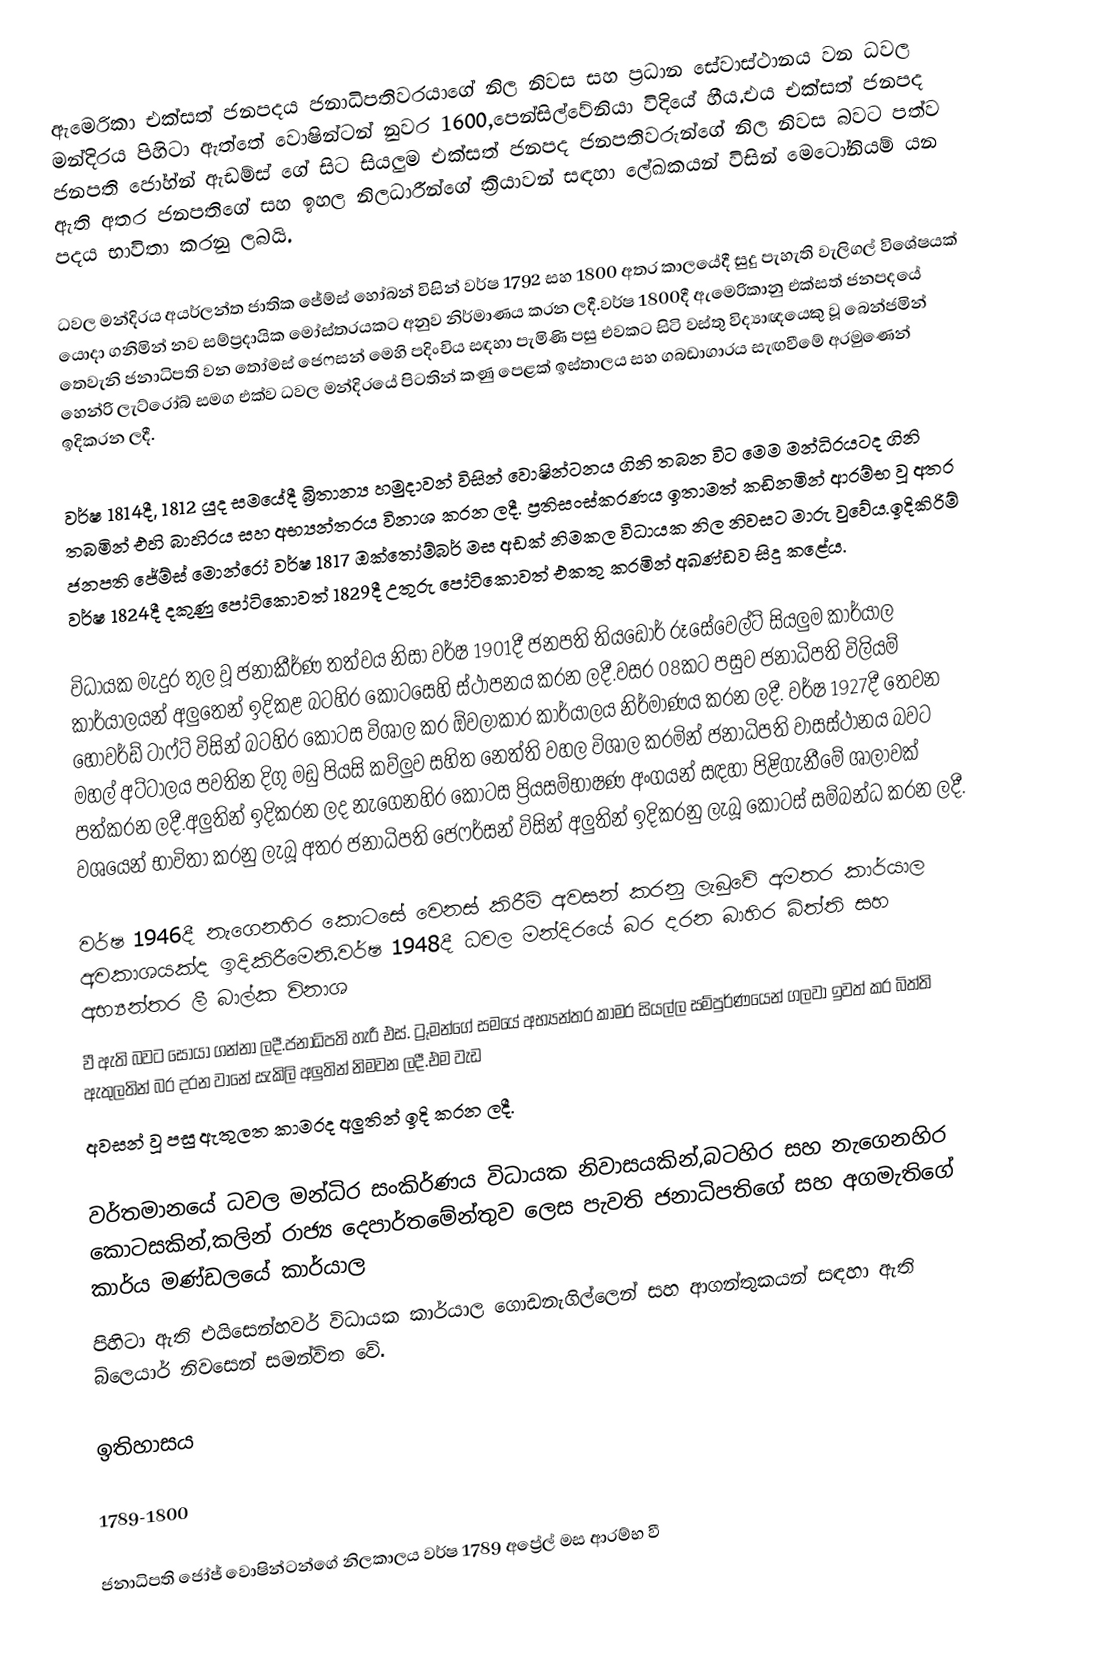
ඇමෙරිකා එක්සත් ජනපදය ජනාධිපතිවරයාගේ නිල නිවස සහ ප්‍රධාන සේවාස්ථානය වන ධවල මන්දිරය පිහිටා ඇත්තේ වොෂින්ටන් නුවර 1600,පෙන්සිල්වේනියා විදියේ හීය.එය එක්සත් ජනපද ජනපති ජෝහ්න් ඇඩම්ස් ගේ සිට සියලුම එක්සත් ජනපද ජනපතිවරුන්ගේ නිල නිවස බවට පත්ව ඇති අතර ජනපතිගේ සහ ඉහල නිලධාරීන්ගේ ක්‍රියාවන් සඳහා ලේඛකයන් විසින් මෙටෝනියම් යන පදය භාවිතා කරනු ලබයි.

ධවල මන්දිරය අයර්ලන්ත ජාතික ජේම්ස් හෝබන් විසින් වර්ෂ 1792 සහ 1800 අතර කාලයේදී සුදු පැහැති වැලිගල් විශේෂයක් යොදා ගනිමින් නව සම්ප්‍රදායික මෝස්‌තරයකට අනුව නිර්මාණය කරන ලදී.වර්ෂ 1800දී ඇමෙරිකානු එක්සත් ජනපදයේ තෙවැනි ජනාධිපති වන තෝමස් ජෙෆසන් මෙහි පදිංචිය සඳහා පැමිණි පසු එවකට සිටි වස්තු විද්‍යාඥයෙකු වූ බෙන්ජමින් හෙන්රි ලැට්රෝබ් සමග එක්ව ධවල මන්දිරයේ පිටතින් කණු පෙළක් ඉස්තාලය සහ ගබඩාගාරය සැඟවීමේ අරමුණෙන් ඉදිකරන ලදී.

වර්ෂ 1814දී, 1812 යුද සමයේදී බ්‍රිතාන්‍ය හමුදාවන් විසින් වොෂින්ටනය ගිනි තබන විට මෙම මන්ධිරයටද ගිනි තබමින් එහි  බාහිරය සහ අභ්‍යන්තරය විනාශ කරන ලදී. ප්‍රතිසංස්කරණය ඉතාමත් කඩිනමින් ආරම්භ වූ අතර ජනපති ජේම්ස් මොන්රෝ වර්ෂ 1817 ඔක්තෝම්බර් මස අඩක් නිමකල විධායක නිල නිවසට මාරු වුවේය.ඉදිකිරිම් වර්ෂ 1824දී දකුණු පෝටිකොවත් 1829දී උතුරු පෝටිකොවත් එකතු කරමින් අඛණ්ඩව සිදු කළේය.

විධායක මැදුර තුල වූ ජනාකීර්ණ  තත්වය නිසා වර්ෂ 1901දී ජනපති තියඩෝර් රූසේවෙල්ට් සියලුම කාර්යාල කාර්යාලයන් අලුතෙන් ඉදිකළ බටහිර කොටසෙහි ස්ථාපනය කරන ලදී.වසර 08කට පසුව ජනාධිපති විලියම් හොවර්ඩ් ටාෆ්ට් විසින් බටහිර කොටස විශාල කර ඕවලාකාර කාර්යාලය නිර්මාණය කරන ලදී. වර්ෂ 1927දී තෙවන මහල් අට්ටාලය පවතින දිගු මඩු පියසි කව්ලුව සහිත නෙත්ති වහල විශාල කරමින් ජනාධිපති වාසස්ථානය බවට පත්කරන ලදී.අලුතින් ඉදිකරන ලද නැගෙනහිර කොටස ප්‍රියසම්භාෂණ අංගයන් සඳහා පිළිගැනීමේ ශාලාවක් වශයෙන් භාවිතා කරනු ලැබූ අතර ජනාධිපති ජෙෆර්සන් විසින් අලුතින් ඉදිකරනු ලැබූ කොටස් සම්බන්ධ කරන ලදී.

වර්ෂ 1946දී නැගෙනහිර කොටසේ වෙනස් කිරීම් අවසන් කරනු ලැබුවේ අමතර කාර්යාල අවකාශයක්ද ඉදිකිරීමෙනි.වර්ෂ 1948දී ධවල මන්දිරයේ බර දරන බාහිර බිත්ති සහ අභ්‍යන්තර ලී බාල්ක විනාශ
වී ඇති බවට සොයා ගන්නා ලදී.ජනාධිපති හැරී එස්. ට්‍රුමන්ගේ සමයේ අභ්‍යන්තර කාමර සියල්ල සම්පුර්ණයෙන් ගලවා ඉවත් කර බිත්ති ඇතුලතින් බර දරන වානේ සැකිලි අලුතින් නිමවන ලදී.එම වැඩ
අවසන් වූ පසු ඇතුලත කාමරද අලුතින් ඉදි කරන ලදී.

වර්තමානයේ ධවල මන්ධිර සංකිර්ණය විධායක නිවාසයකින්,බටහිර සහ නැගෙනහිර කොටසකින්,කලින් රාජ්‍ය දෙපාර්තමේන්තුව ලෙස පැවති ජනාධිපතිගේ සහ අගමැතිගේ කාර්ය මණ්ඩලයේ කාර්යාල
පිහිටා ඇති එයිසෙන්හවර් විධායක කාර්යාල ගොඩනැගිල්ලෙන් සහ ආගන්තුකයන් සඳහා ඇති බ්ලෙයාර් නිවසෙන් සමන්විත වේ.

ඉතිහාසය

1789-1800

ජනාධිපති ජෝජ් වොෂින්ටන්ගේ නිලකාලය වර්ෂ 1789 අප්‍රේල් මස ආරම්භ වී